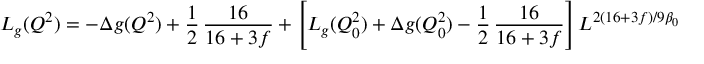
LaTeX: L _ { g } ( Q ^ { 2 } ) = - \Delta g ( Q ^ { 2 } ) + \frac { 1 } { 2 } \, \frac { 1 6 } { 1 6 + 3 f } + \left[ L _ { g } ( Q _ { 0 } ^ { 2 } ) + \Delta g ( Q _ { 0 } ^ { 2 } ) - \frac { 1 } { 2 } \, \frac { 1 6 } { 1 6 + 3 f } \right] L ^ { 2 ( 1 6 + 3 f ) / 9 \beta _ { 0 } }